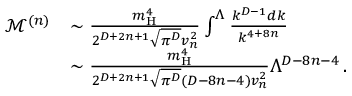
\begin{array} { r l } { \mathcal { M } ^ { ( n ) } } & { \sim \frac { m _ { \mathrm { H } } ^ { 4 } } { 2 ^ { D + 2 n + 1 } \sqrt { \pi ^ { D } } v _ { n } ^ { 2 } } \int ^ { \Lambda } \frac { k ^ { D - 1 } d k } { k ^ { 4 + 8 n } } } \\ & { \sim \frac { m _ { \mathrm { H } } ^ { 4 } } { 2 ^ { D + 2 n + 1 } \sqrt { \pi ^ { D } } ( D - 8 n - 4 ) v _ { n } ^ { 2 } } \Lambda ^ { D - 8 n - 4 } \, . } \end{array}